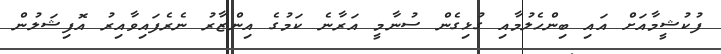
ފުކުޝީމާއަށް އައި ބިންހެލުމާއި ގުޅިގެން ސުނާމީ އަރާނެ ކަމުގެ އިންޒާރު ނެރެފައިވާއިރު އޮފިޝަލުން